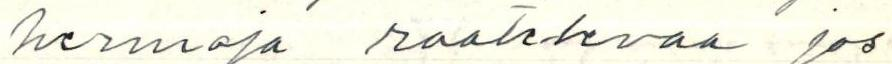
hermoja raatelevaa jos